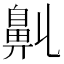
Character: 𪖑